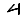
Digit: 4